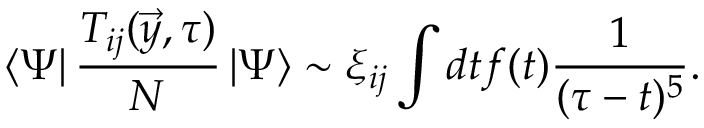
\left< \Psi \right| { \frac { T _ { i j } ( \vec { y } , \tau ) } { N } } \left| \Psi \right> \sim \xi _ { i j } \int { d t f ( t ) { \frac { 1 } { ( \tau - t ) ^ { 5 } } } } .